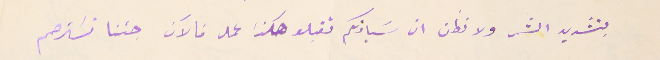
بتشديد الشر ولا نظن ان سَيادتكم تقبلو هكذا عمل فالآن جئنا نسَترحم